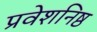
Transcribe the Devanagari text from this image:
प्रवेशनिष्ठ